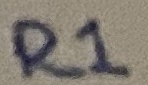
Text: R1